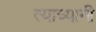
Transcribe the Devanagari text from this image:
त्याच्यानी